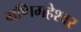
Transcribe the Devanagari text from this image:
मणिमहेश्‍वर